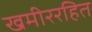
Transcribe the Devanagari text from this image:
खमीररहित